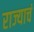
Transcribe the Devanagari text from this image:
राज्याचं